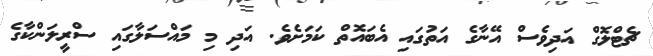
ޗެޓްލޮގް އަދިވެސް އޭނާގެ އަތުގައި އެބައޮތް ކަމަށެވެ. އަދި މި މައްސަލާގައި ސްރީލަންކާގެ